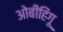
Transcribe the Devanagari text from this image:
ओबीहिंगू